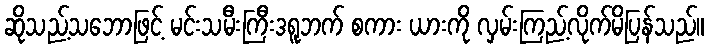
ဆိုသည့်သဘောဖြင့် မင်းသမီးကြီးဒရူဘက် စကား ယားကို လှမ်းကြည့်လိုက်မိပြန်သည်။